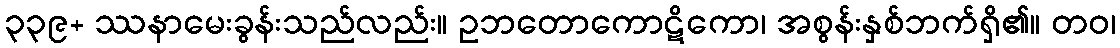
၃၃၉+ ဿနာမေးခွန်းသည်လည်း။ ဥဘတောကောဋိကော၊ အစွန်းနှစ်ဘက်ရှိ၏။ တဝ၊